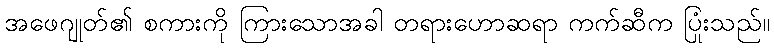
အဖေဂျုတ်၏ စကားကို ကြားသောအခါ တရားဟောဆရာ ကက်ဆီက ပြုံးသည်။